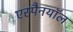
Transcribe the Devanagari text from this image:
एस्पैनयॉल